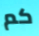
كم